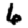
Digit: 6